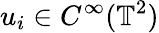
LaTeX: u_{i}\in C^{\infty}(\mathbb{T}^{2})